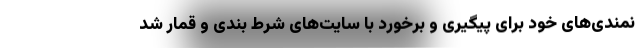
نمندی‌های خود برای پیگیری و برخورد با سایت‌های شرط بندی و قمار شد